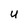
Character: u